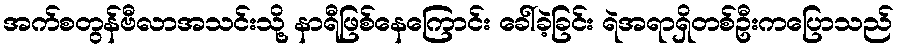
အက်စတွန်ဗီလာအသင်းသို့ နာရီဖြစ်နေကြောင်း ခေါ်ခဲ့ခြင်း ရဲအရာရှိတစ်ဦးကပြောသည်